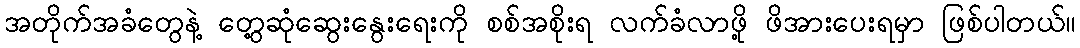
အတိုက်အခံတွေနဲ့ တွေ့ဆုံဆွေးနွေးရေးကို စစ်အစိုးရ လက်ခံလာဖို့ ဖိအားပေးရမှာ ဖြစ်ပါတယ်။